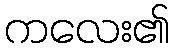
ကလေး၏